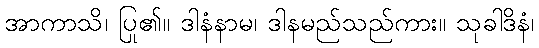
အာကာသိ၊ ပြု၏။ ဒါနံနာမ၊ ဒါနမည်သည်ကား။ သုခါဒိနံ၊